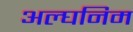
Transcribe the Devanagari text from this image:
अल्घनिम